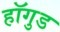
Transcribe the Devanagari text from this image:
हॉगुड